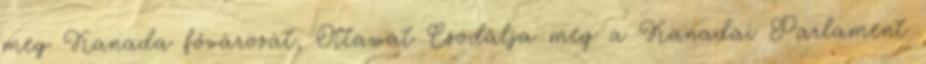
meg Kanada fővárosát, Ottawát Csodálja meg a Kanadai Parlament